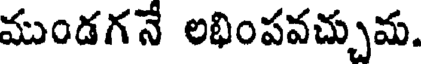
ముండగనే లభింపవచ్చుమ.